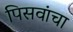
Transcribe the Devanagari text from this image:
पिसवांचा